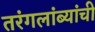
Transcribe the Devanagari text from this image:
तरंगलांब्यांची